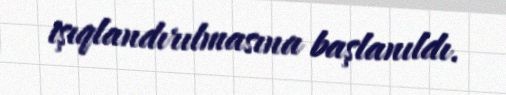
işıqlandırılmasına başlanıldı.